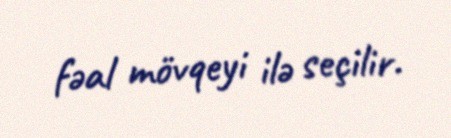
fəal mövqeyi ilə seçilir.